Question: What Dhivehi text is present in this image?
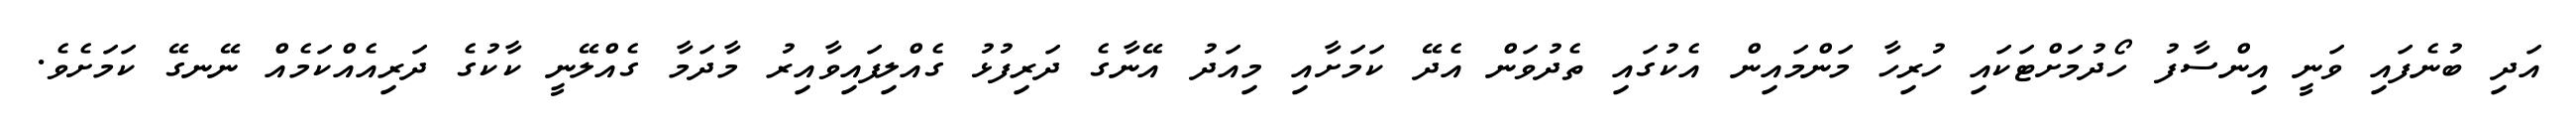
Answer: އަދި ބުނެފައި ވަނީ އިންސާފު ހޯދުމަށްޓަކައި ހުރިހާ މަންމައިން އެކުގައި ތެދުވަން އެދޭ ކަމަށާއި މިއަދު އޭނާގެ ދަރިފުޅު ގެއްލިފައިވާއިރު މާދަމާ ގެއްލޭނީ ކާކުގެ ދަރިއެއްކަމެއް ނޭނގޭ ކަމަށެވެ.